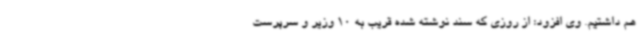
هم داشتیم. وی افزود: از روزی که سند نوشته شده قریب به 10 وزیر و سرپرست